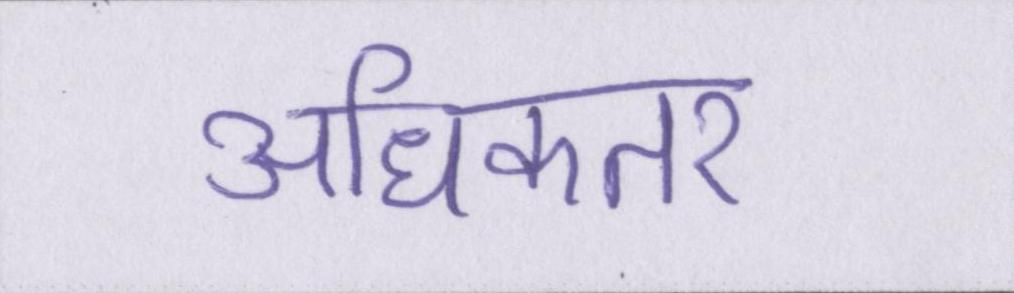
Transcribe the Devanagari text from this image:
अधिकतर